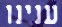
ענינו